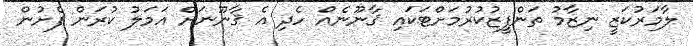
ލާމަރުކަޒީ ނިޒާމު ތަންފީޒުކުރުމަށްޓަކައި ޤާނޫނެއް ހެދި އެ ޤާނޫނަށް އަމަލު ކުރަން ފެށުން